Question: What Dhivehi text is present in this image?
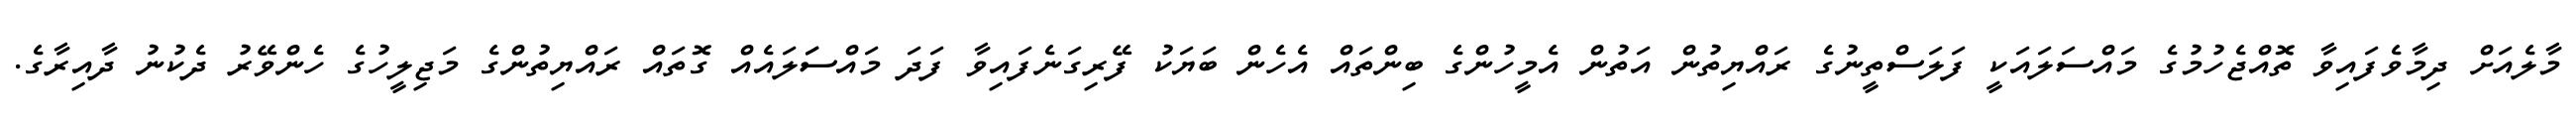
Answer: މާލެއަށް ދިމާވެފައިވާ ތޮއްޖެހުމުގެ މައްސަލައަކީ ފަލަސްތީނުގެ ރައްޔިތުން އަތުން އެމީހުންގެ ބިންތައް އެހެން ބަޔަކު ފޭރިގަނެފައިވާ ފަދަ މައްސަަލައެއް ގޮތައް ރައްޔިތުންގެ މަޖިލީހުގެ ހެންވޭރު ދެކުނު ދާއިރާގެ.